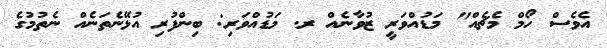
އެވެސް ހޯމް މެޗެއް" މަޑުއްވަރީ ޒުވާނެއް ރ. މަޑުއްވަރި: ބިންފުރި އުޅޭނެތަނެއް ނެތުމުގެ